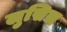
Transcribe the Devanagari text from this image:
लुसिस